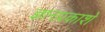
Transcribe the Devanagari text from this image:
ज्ञानप्रकाशे